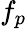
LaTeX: f_{p}